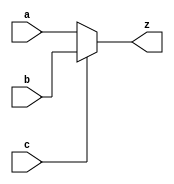
module mux (z, a, b, c);
    parameter        N = 16;
    output    [N-1:0]z;
    input     [N-1:0]a;
    input     [N-1:0]b;
    input            c;

    assign z = c? b : a;
endmodule